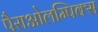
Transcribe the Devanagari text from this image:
पैराओलम्पिक्स